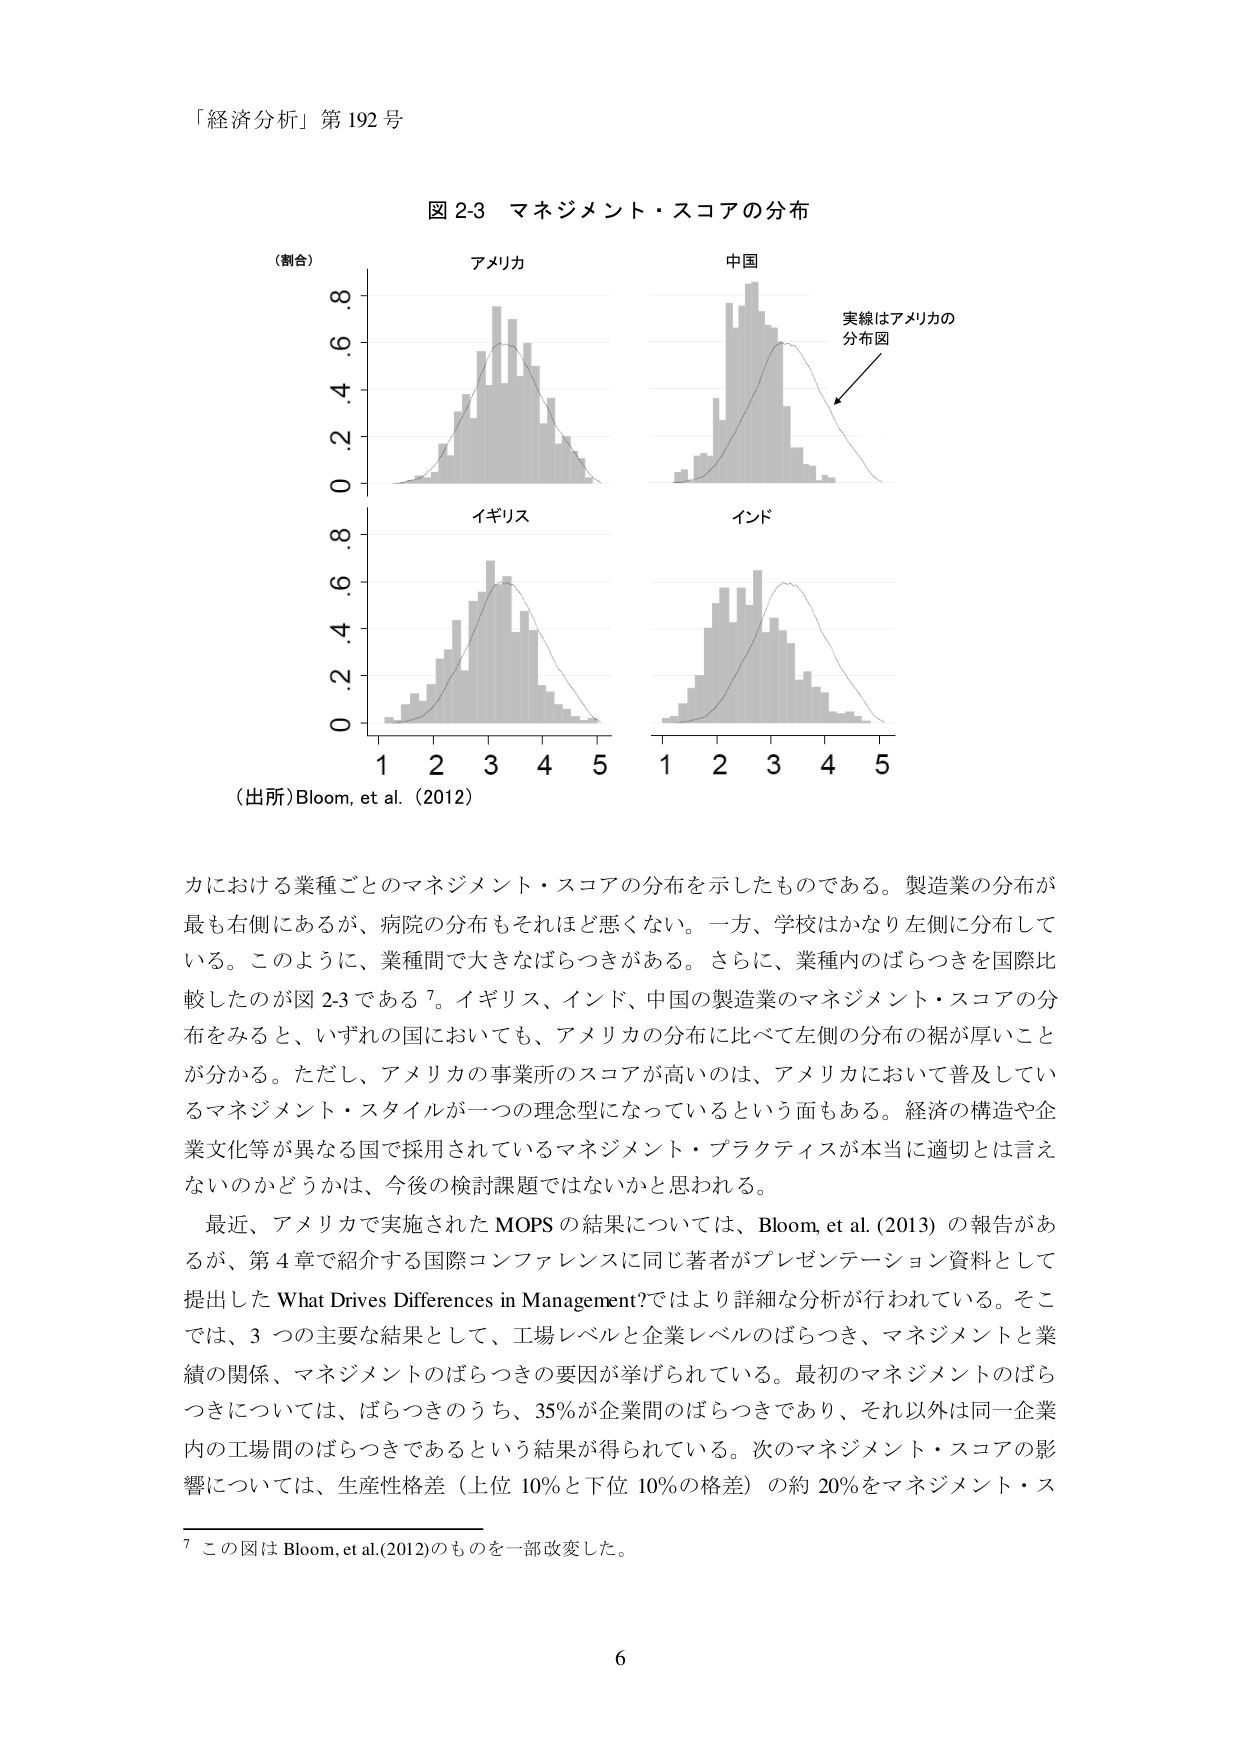
「経済分析」第192号

図2-3 マネジメント・スコアの分布

（割合）

アメリカ
中国
実線はアメリカの
分布図

イギリス
インド

1 2 3 4 5
1 2 3 4 5

（出所）Bloom, et al. (2012)

カにおける業種ごとのマネジメント・スコアの分布を示したものである。製造業の分布が
最も右側にあるが、病院の分布もそれほど悪くない。一方、学校はかなり左側に分布して
いる。このように、業種間で大きなばらつきがある。さらに、業種内のばらつきを国際比
較したのが図2-3である7。イギリス、インド、中国の製造業のマネジメント・スコアの分
布をみると、いずれの国においても、アメリカの分布に比べて左側の分布の裾が厚いこと
が分かる。ただし、アメリカの事業所のスコアが高いのは、アメリカにおいて普及してい
るマネジメント・スタイルが一つの理念型になっているという面もある。経済の構造や企
業文化等が異なる国で採用されているマネジメント・プラクティスが本当に適切とは言え
ないのかどうかは、今後の検討課題ではないかと思われる。

最近、アメリカで実施されたMOPSの結果については、Bloom, et al. (2013) の報告があ
るが、第4章で紹介する国際コンファレンスに同じ著者がプレゼンテーション資料として
提出した What Drives Differences in Management? ではより詳細な分析が行われている。そこ
では、3つの主要な結果として、工場レベルと企業レベルのばらつき、マネジメントと業
績の関係、マネジメントのばらつきの要因が挙げられている。最初のマネジメントのばら
つきについては、ばらつきのうち、35%が企業間のばらつきであり、それ以外は同一企業
内の工場間のばらつきであるという結果が得られている。次のマネジメント・スコアの影
響については、生産性格差（上位10%と下位10%の格差）の約20%をマネジメント・ス

7 この図はBloom, et al. (2012)のものを一部改変した。

6